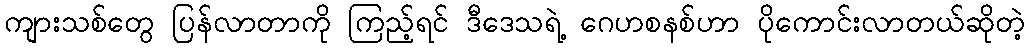
ကျားသစ်တွေ ပြန်လာတာကို ကြည့်ရင် ဒီဒေသရဲ့ ဂေဟစနစ်ဟာ ပိုကောင်းလာတယ်ဆိုတဲ့